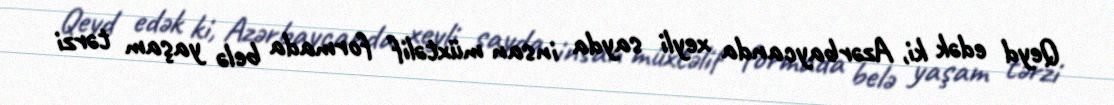
Qeyd edək ki, Azərbaycanda xeyli sayda insan müxtəlif formada belə yaşam tərzi